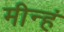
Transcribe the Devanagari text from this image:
मीन्हं